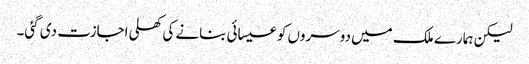
لیکن ہمارے ملک میں دوسروں کو عیسائی بنانے کی کھلی اجازت دی گئی۔